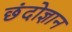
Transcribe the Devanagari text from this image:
छंदोज्ञान